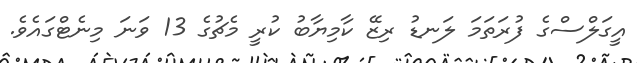
އީގަލްސްގެ ފުރަތަމަ ލަނޑު ރިޒޭ ކާމިޔާބު ކުރީ މެޗުގެ 13 ވަނަ މިނެޓްގައެވެ.